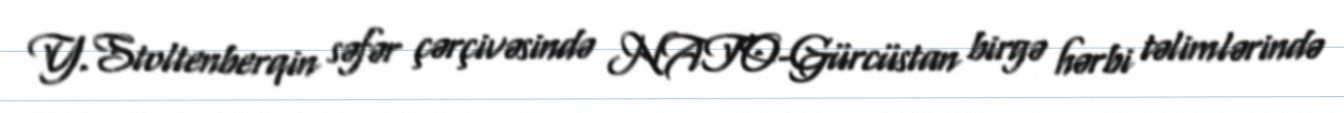
Y.Stoltenberqin səfər çərçivəsində NATO-Gürcüstan birgə hərbi təlimlərində